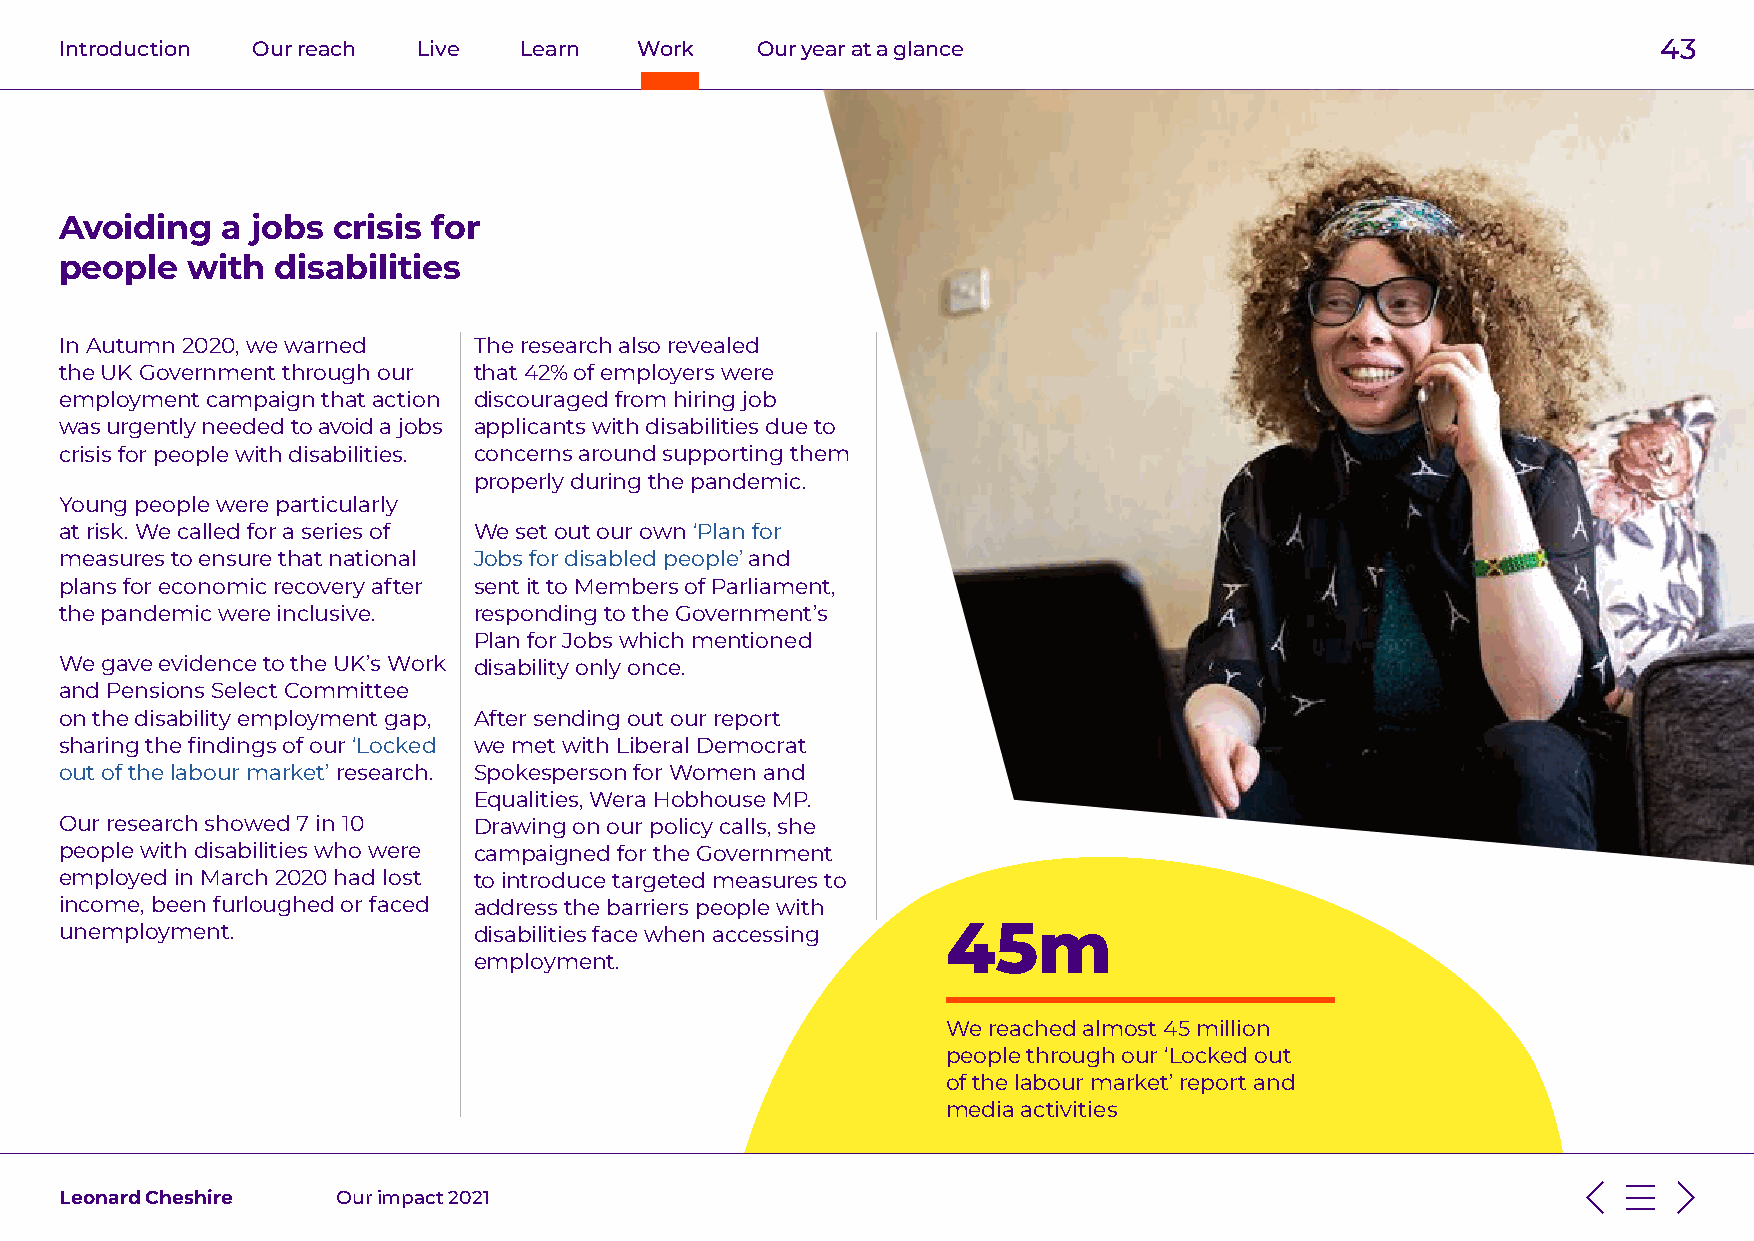
Introduction Our reach  Live  Learn   Work    Our year at a glance                                        43
 Avoiding   a jobs crisis for
 people  with  disabilities
 In Autumn 2020, we warned  The research also revealed
 the UK Government through our that 42% of employers were
 employment campaign that action discouraged from hiring job
 was urgently needed to avoid a jobs applicants with disabilities due to
 crisis for people with disabilities. concerns around supporting them
 properly during the pandemic.
 Young people were particularly
 at risk. We called for a series of We set out our own ‘Plan for
 measures to ensure that national Jobs for disabled people’ and
 plans for economic recovery after sent it to Members of Parliament,
 the pandemic were inclusive. responding to the Government’s
 Plan for Jobs which mentioned
 We gave evidence to the UK’s Work disability only once.
 and Pensions Select Committee
 on the disability employment gap, After sending out our report
 sharing the findings of our ‘Locked we met with Liberal Democrat
 out of the labour market’ research. Spokesperson for Women and
 Equalities, Wera Hobhouse MP.
 Our research showed 7 in 10 Drawing on our policy calls, she
 people with disabilities who were campaigned for the Government
 employed in March 2020 had lost to introduce targeted measures to
 income, been furloughed or faced address the barriers people with
 unemployment.              disabilities face when accessing 45m
 employment.
 We reached almost 45 million
 people through our ‘Locked out
 of the labour market’ report and
 media activities
 Leonard Cheshire  Our impact 2021